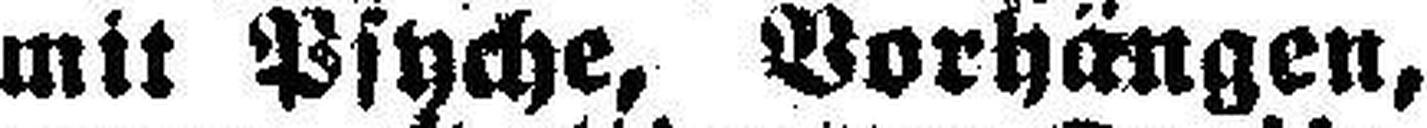
mit Psyche, Vorhängen,